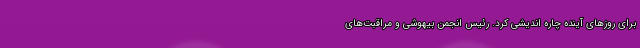
برای روزهای آینده چاره اندیشی کرد. رئیس انجمن بیهوشی و مراقبت‌های